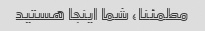
مطمئنا، شما اینجا هستید